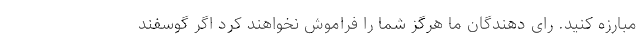
مبارزه کنید. رای دهندگان ما هرگز شما را فراموش نخواهند کرد اگر گوسفند